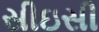
સીઇસી